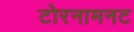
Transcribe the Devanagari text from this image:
टोरनामनट